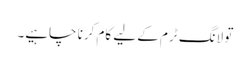
تو لانگ ٹرم کے لیے کام کرنا چاہیے۔